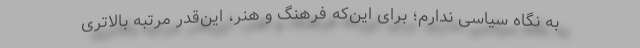
به نگاه سیاسی ندارم؛ برای این‌که فرهنگ و هنر، این‌قدر مرتبه بالاتری